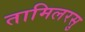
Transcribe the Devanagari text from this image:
तामिलरसु